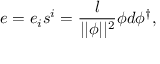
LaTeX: e = e _ { i } s ^ { i } = \frac l { | | \phi | | ^ { 2 } } \phi d \phi ^ { \dagger } ,